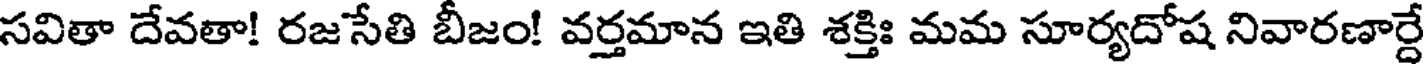
సవితా దేవతా! రజసేతి బీజం! వర్తమాన ఇతి శక్తిః మమ సూర్యదోష నివారణార్దే